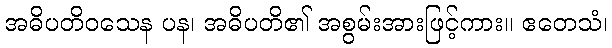
အဓိပတိဝသေန ပန၊ အဓိပတိ၏ အစွမ်းအားဖြင့်ကား။ ဧတေသံ၊